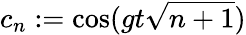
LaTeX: c_{n}:=\cos(gt\sqrt{n+1})